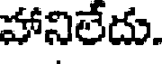
హానిలేదు.